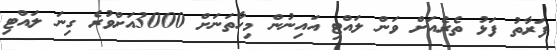
ފަރާތު ފަޅު ތެރެއަށް ވަން ލައްޓި އައިނުން މިހާތަނަށް 3000އަށްވުރެ ގިނަ ލައްޓި